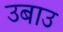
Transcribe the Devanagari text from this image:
उबाउ